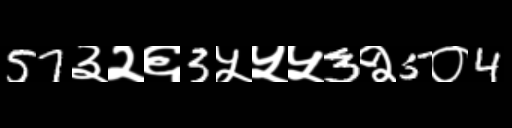
Text: 57३२६3५५५3२5०4